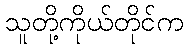
သူတို့ကိုယ်တိုင်က